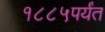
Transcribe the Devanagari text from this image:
१८८५पर्यंत